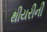
થીયરીની